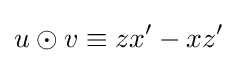
u\odot v\equiv zx^{\prime }-xz^{\prime }